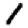
Digit: 1